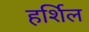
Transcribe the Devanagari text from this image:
हर्शिल